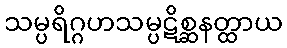
သမ္ပရိဂ္ဂဟသမ္ပဋိစ္ဆနတ္ထာယ